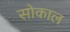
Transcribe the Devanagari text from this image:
सोकाल